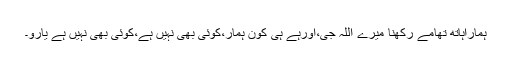
ہماراہاتھ تھامے رکھنا میرے اللہ جی،اورہے ہی کون ہمار،کوئی بھی نہیں ہے،کوئی بھی نہیں ہے یارو۔